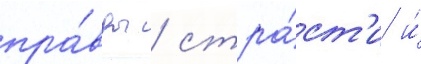
пра́вды / стра́ст'и и́